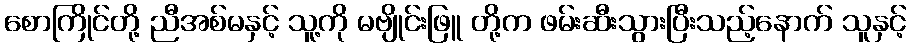
စောကြိုင်တို့ ညီအစ်မနှင့် သူ့ကို မဗျိုင်းဖြူ တို့က ဖမ်းဆီးသွားပြီးသည့်နောက် သူနှင့်